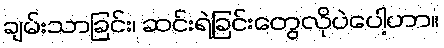
ချမ်းသာခြင်း၊ ဆင်းရဲခြင်းတွေလိုပဲပေါ့ဟာ။